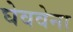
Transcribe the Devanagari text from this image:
घेववेना